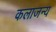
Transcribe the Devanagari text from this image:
कलाजन्य